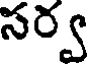
సర్వ